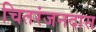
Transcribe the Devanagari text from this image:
चितरंजनदास